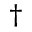
^ { \dagger }